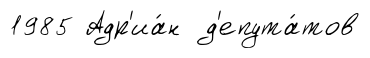
1985 Адр'иа́н д'епута́тов